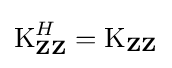
\operatorname {K} _{\mathbf {Z} \mathbf {Z} }^{H}=\operatorname {K} _{\mathbf {Z} \mathbf {Z} }